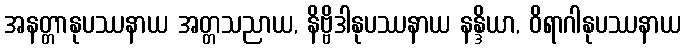
အနတ္တာနုပဿနာယ အတ္တသညာယ, နိဗ္ဗိဒါနုပဿနာယ နန္ဒိယာ, ဝိရာဂါနုပဿနာယ